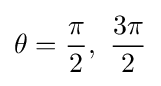
\theta ={\pi  \over 2},\ {3\pi  \over 2}